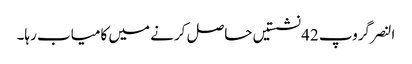
النصر گروپ 42 نشستیں حاصل کرنے میں کامیاب رہا۔